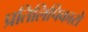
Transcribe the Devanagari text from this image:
प्रतिलिपिकारों